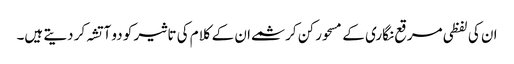
ان کی لفظی مرقع نگاری کے مسحور کن کرشمے ان کے کلام کی تاثیر کو دو آتشہ کر دیتے ہیں۔